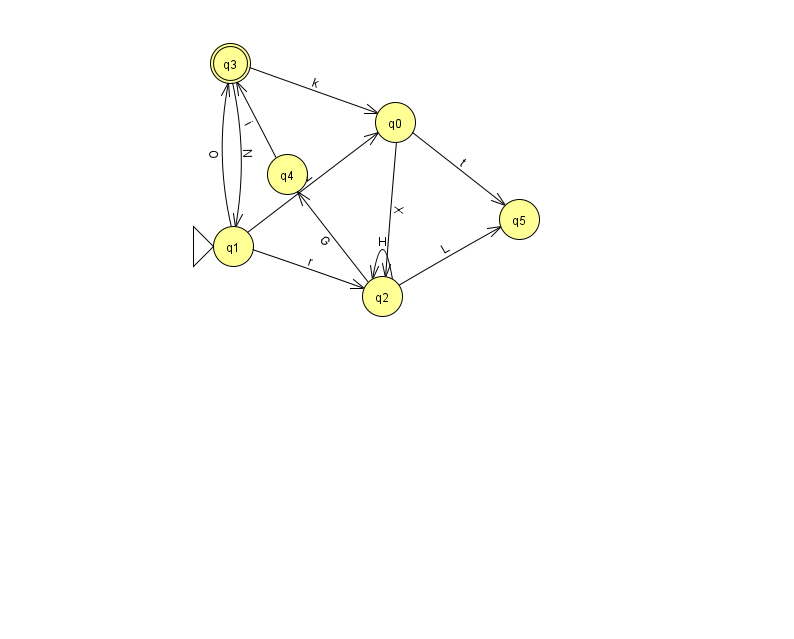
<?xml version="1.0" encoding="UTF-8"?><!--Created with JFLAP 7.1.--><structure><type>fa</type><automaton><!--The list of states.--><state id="0" name="q0"><x>395.0</x><y>109.0</y></state><state id="1" name="q1"><x>233.0</x><y>233.0</y><initial/></state><state id="2" name="q2"><x>382.0</x><y>283.0</y></state><state id="3" name="q3"><x>230.0</x><y>50.0</y><final/></state><state id="4" name="q4"><x>287.0</x><y>161.0</y></state><state id="5" name="q5"><x>519.0</x><y>206.0</y></state><!--The list of transitions.--><transition><from>1</from><to>2</to><read>r</read></transition><transition><from>4</from><to>3</to><read>i</read></transition><transition><from>0</from><to>5</to><read>t</read></transition><transition><from>2</from><to>2</to><read>H</read></transition><transition><from>2</from><to>5</to><read>L</read></transition><transition><from>1</from><to>0</to><read>Z</read></transition><transition><from>3</from><to>0</to><read>k</read></transition><transition><from>0</from><to>2</to><read>X</read></transition><transition><from>3</from><to>1</to><read>N</read></transition><transition><from>1</from><to>3</to><read>O</read></transition><transition><from>2</from><to>4</to><read>G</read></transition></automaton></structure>